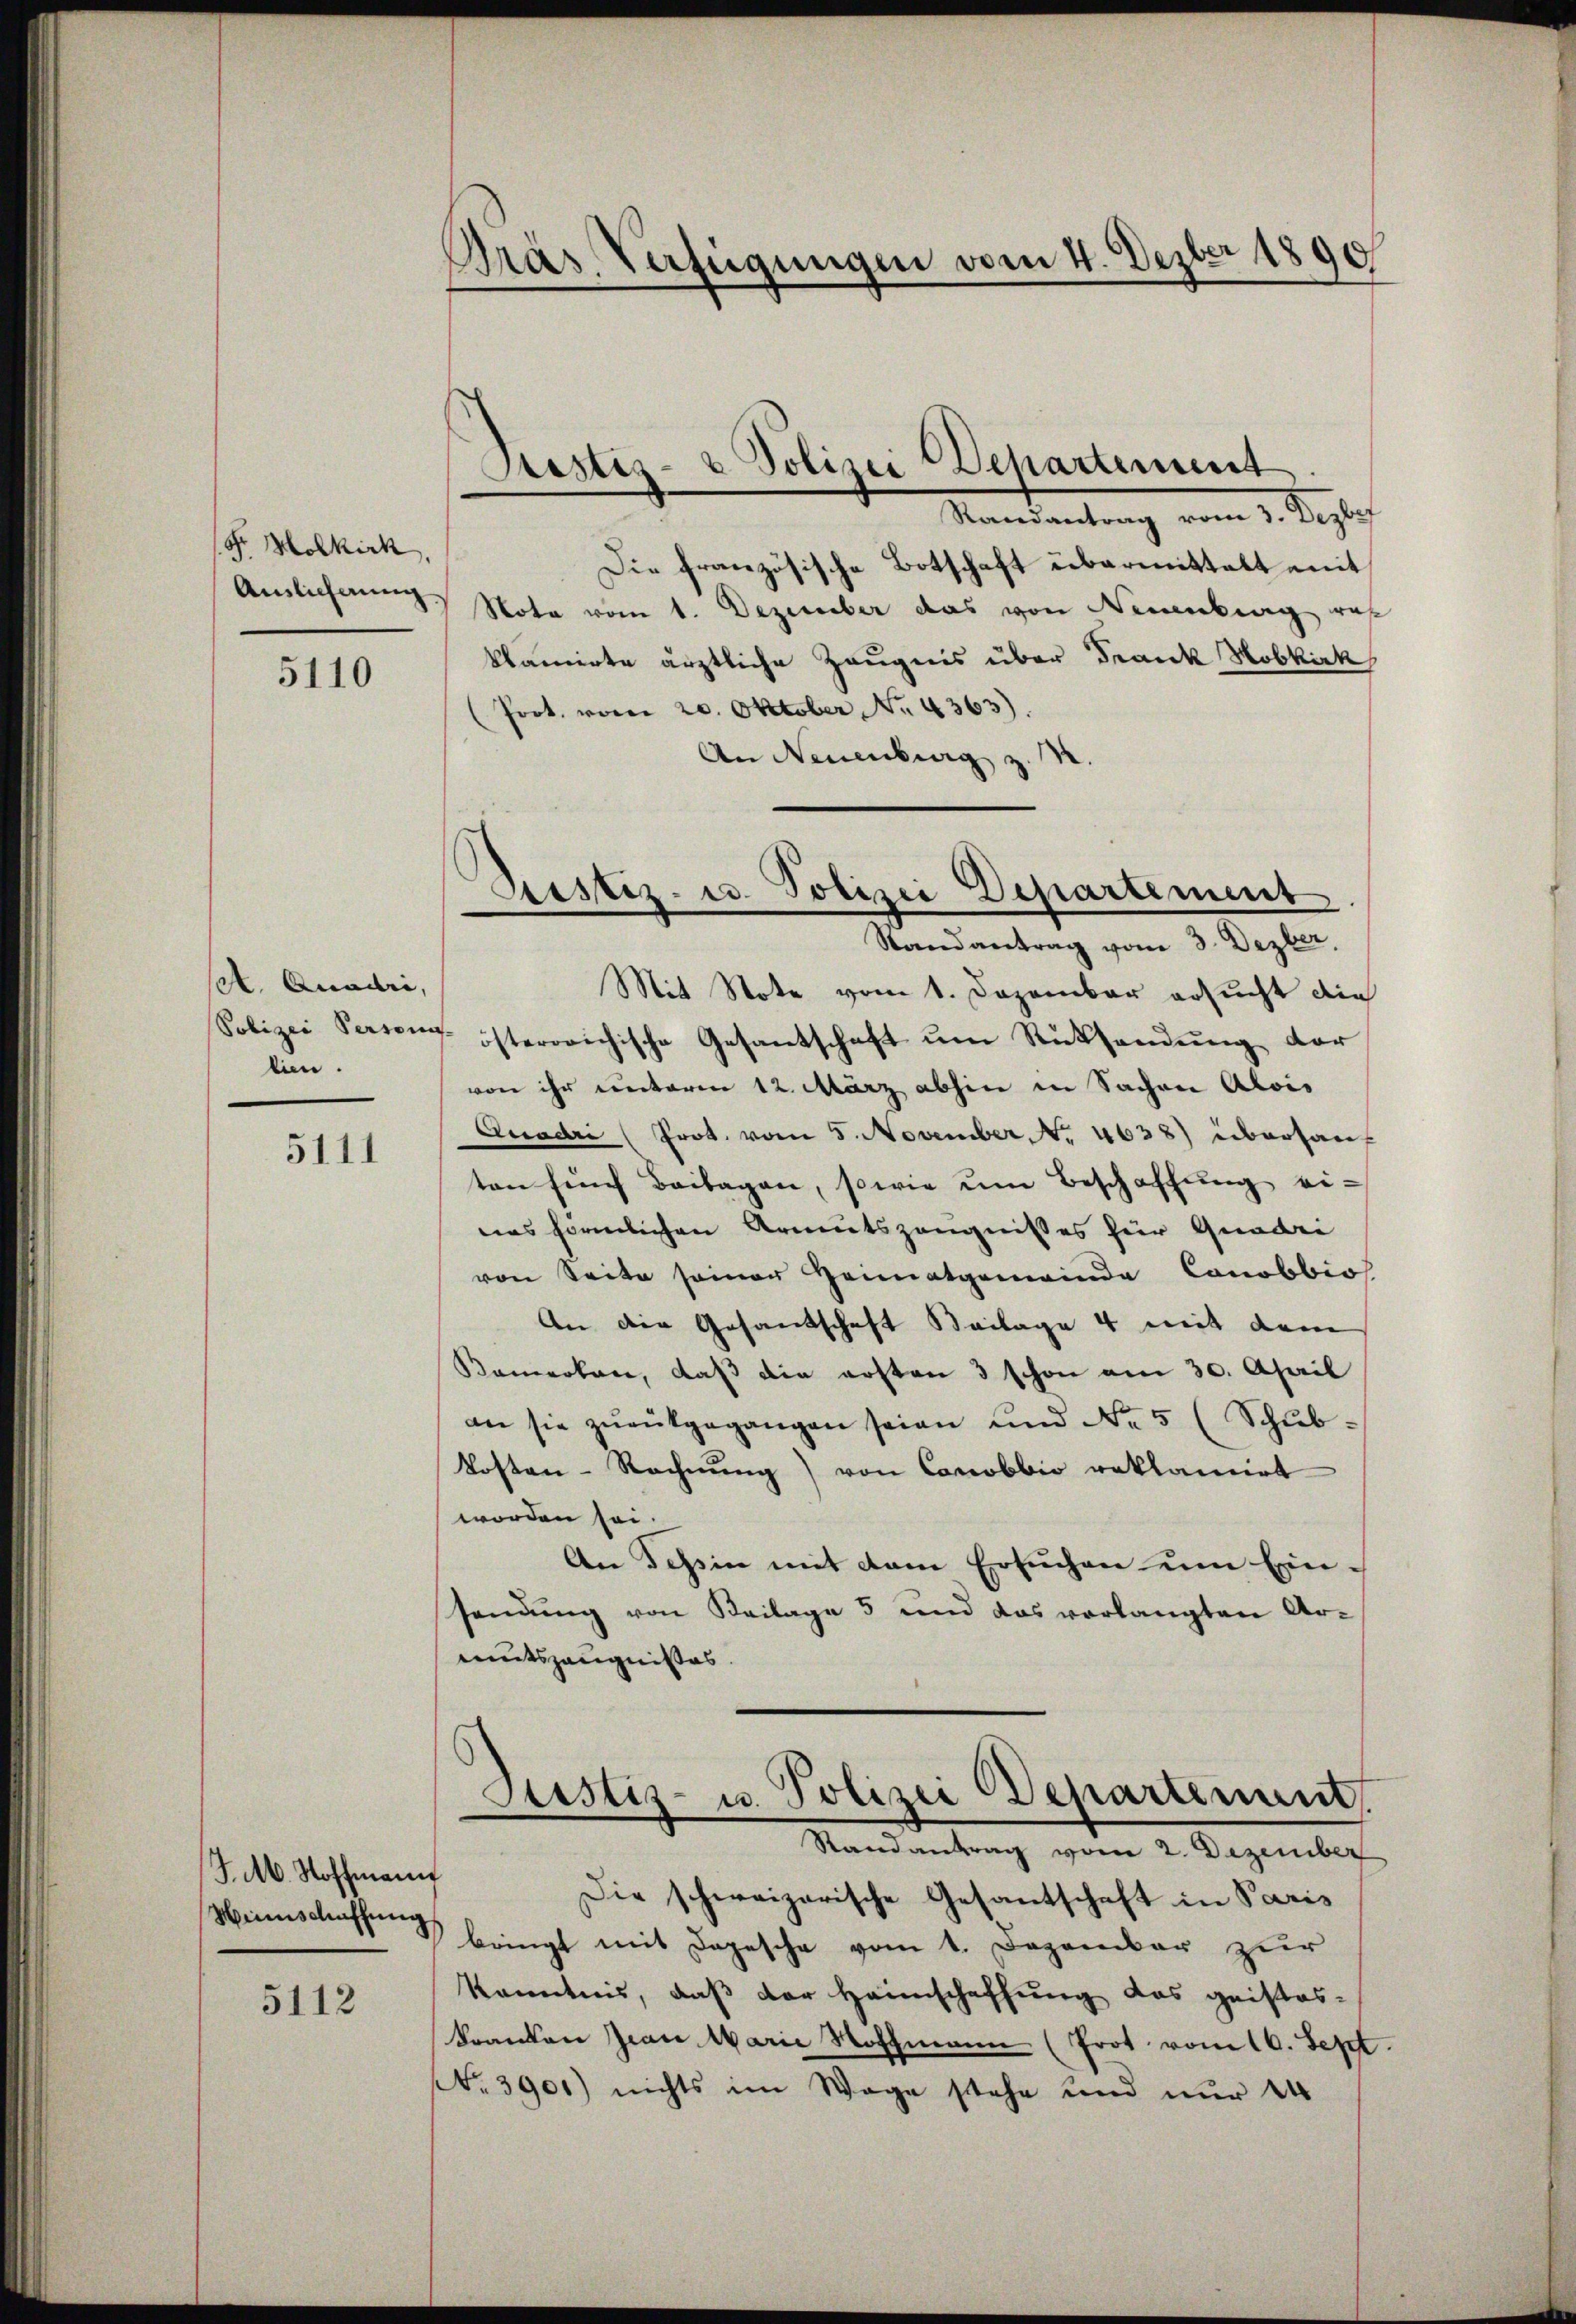
F. Molkirk,
Auslichung

5110

A. Quadri,
lien.

5111

J.M. Hoffmann
Meinschaffung

5112

Pras Verfügungen vom 4. Dezber 1890

Randantrag vom 3. Dezbef
Die französische Botschaft übermittelt mit
Nota vom 1. Dezember das von Neuenburg rat
klamirte ärztliche Zeugnis über Frank Nobkirk
Prot. vom 20. Oktober No. 4363).
An Neuenburg z
Mit Note vom 1. Dezember ersucht die
Polizei Perrenz- österreichische Gesantschaft um Rücksendung der
von ihr unterm 12. März abhin in Sachen Alois
Quadri (Prot. vom 5. November No. 4638) überhauf
ten fünf Beilagen, sowie ŭm Beschaffŭng ei-
nes förmlichen Armutszeugnisses für Gradei
von Seite seiner Heimatgemeinde Canobbio
An die Gesandschaft Beilage 4 mit dem
Kemerken, daß die ersten 3 schon am 30. April
an sie zŭrütgegangen seien und No 5 (Schubkosten-Rechnung) von Canobbio reklamirt
worden sei.
An Tessin mit dem Ersuchen um Ein-
sendung von Beilage 5 und das vorlangten Armutszeugnißes.

Stestiz- & Polizei Departement.

Pestiz- u. Polizei Departement
—
Randantrag vom 3. Dezber

Justiz- u. Polizei Departement.
d
Randantrag vom 2. Dezember

Die schweizerische Gesantschaft in Paris
bringt mit Depesche vom 1. Dezember zur
Kenntnis, daß der Heimschaffung das geistes-
Franken Jean Marie Hoffmann (Prot. vom 16. Sept.
NNo. 3901) nichts im Wege stehe und nur 14